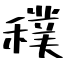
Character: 穙